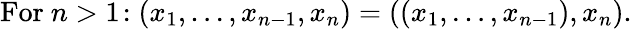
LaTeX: {\mathrm{For~}}n>1\! :(x_{1},\ldots,x_{n-1},x_{n})=((x_{1},\ldots,x_{n-1}),x_{n}).